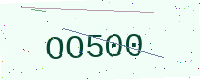
Text: OO500